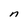
Character: n